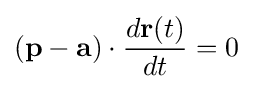
(\mathbf {p} -\mathbf {a} )\cdot {\frac {d\mathbf {r} (t)}{dt}}=0